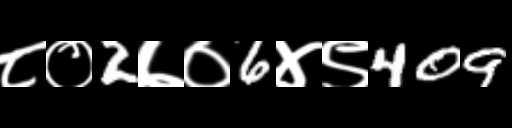
Text: ८०2७०6४९409